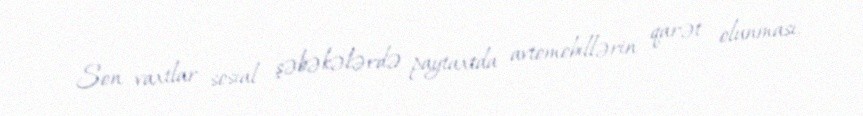
Son vaxtlar sosial şəbəkələrdə paytaxtda avtomobillərin qarət olunması,